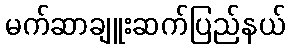
မက်ဆာချူးဆက်ပြည်နယ်